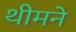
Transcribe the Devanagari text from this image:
थीमने